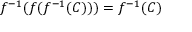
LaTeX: f ^ { - 1 } ( f ( f ^ { - 1 } ( C ) ) ) = f ^ { - 1 } ( C )